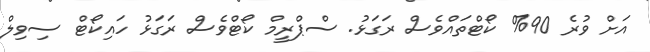
އަށް ވުރެ 90% ކޯޓްތައްވެސް ރަގަޅު. ސްޕްރީމް ކޯޓްވެސް ރަގަޅު ހައިކޯޓް ސިވިލް